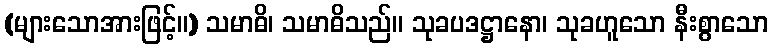
(များသောအားဖြင့်။) သမာဓိ၊ သမာဓိသည်။ သုခပဒဋ္ဌာနော၊ သုခဟူသော နီးစွာသော